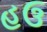
હઉ